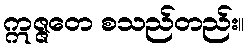
ဣဇ္ဇတေ စသည်တည်း။